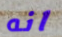
انه